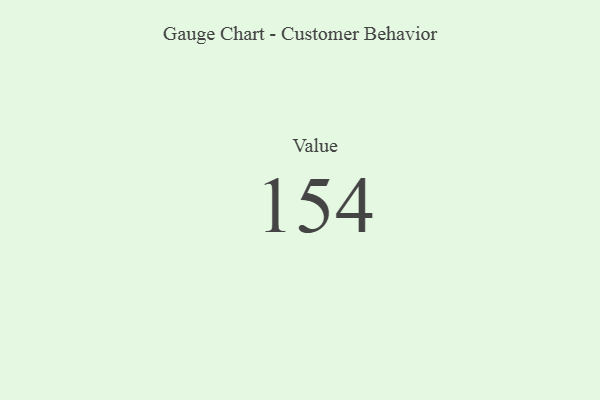
{"axis": {"x": "Metric", "y": "Value"}, "legend": [""], "data": [{"x": "Value", "y": 154, "type": ""}]}